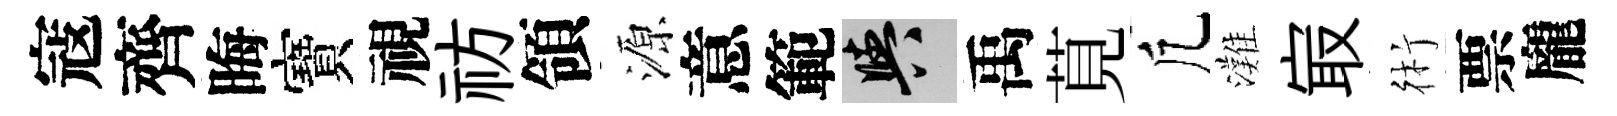
寇齊晦寶視祊領源意範阳禹莧凢灘㝡術票龐